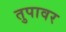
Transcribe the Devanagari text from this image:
तुपावर